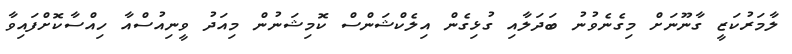
ލާމަރުކަޒީ ގާނޫނަށް މިގެނެވުނު ބަދަލާއި ގުޅިގެން އިލެކްޝަންސް ކޮމިޝަނުން މިއަދު ވީނިއުސްއާ ހިއްސާކޮށްފައިވާ